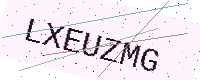
Text: LXEUZMG